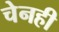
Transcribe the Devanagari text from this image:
चेनही